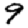
Digit: 9